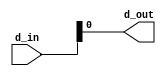
`timescale 1ns / 1ps

module splitter_2(
    d_in, d_out
    );
    input [5:0] d_in;
    output d_out;
    
    assign d_out = d_in[0];
endmodule